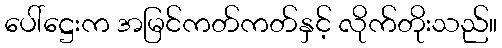
ပေါ်ဋ္ဌေးက အမြင်ကတ်ကတ်နှင့် လိုက်တိုးသည်။